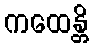
ကထေန္တိ